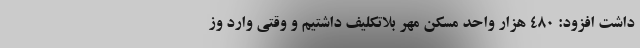
داشت افزود: ۴۸۰ هزار واحد مسکن مهر بلاتکلیف داشتیم و وقتی وارد وز